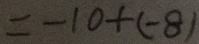
= - 1 0 + ( - 8 )